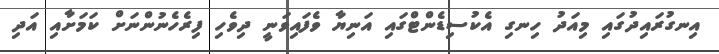
އިނގުރައިދުގައި މިއަދު ހިނގި އެކުސިޑެންޓްގައި އަނިޔާ ވެފައިވަނީ ދިވެހި ފިރެހެނުންނަށް ކަމަށާއި އަދި